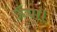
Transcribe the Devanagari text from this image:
ऊँचा।